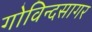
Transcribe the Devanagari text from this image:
गोविन्दसागर